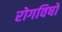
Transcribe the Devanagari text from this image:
रोगविषों